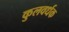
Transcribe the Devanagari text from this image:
कुलवर्धक